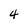
Character: 4